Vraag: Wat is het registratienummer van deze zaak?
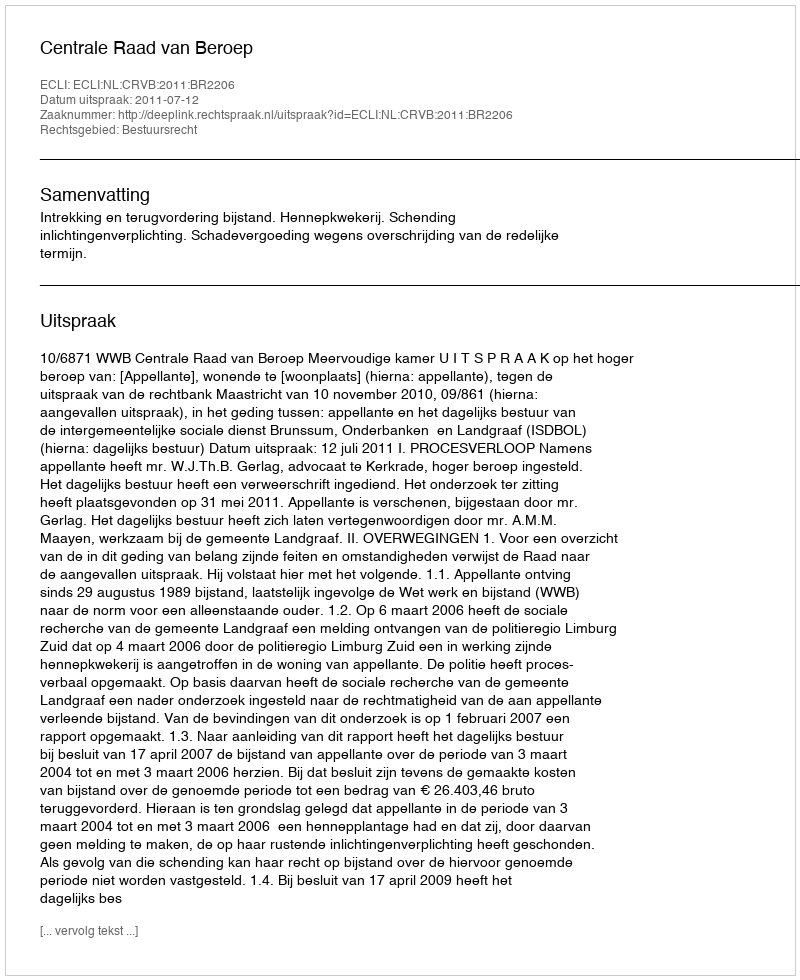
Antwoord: http://deeplink.rechtspraak.nl/uitspraak?id=ECLI:NL:CRVB:2011:BR2206